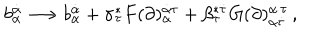
b _ { \alpha } ^ { \dot { \alpha } } \longrightarrow b _ { \alpha } ^ { \dot { \alpha } } + \sigma _ { \tau } ^ { * } F ( \partial ) _ { \alpha } ^ { \dot { \alpha } \tau } + \beta _ { \tau } ^ { * \dot { \tau } } G ( \partial ) _ { \alpha \dot { \tau } } ^ { \dot { \alpha } \, \tau } \, ,